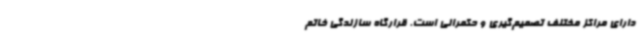
دارای مراکز مختلف تصمیم‌گیری و حکمرانی است. قرارگاه سازندگی خاتم‌